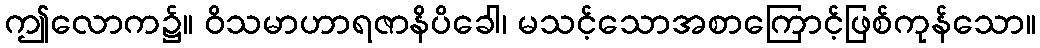
ဤလောက၌။ ဝိသမာဟာရဇာနိပိခေါ၊ မသင့်သောအစာကြောင့်ဖြစ်ကုန်သော။